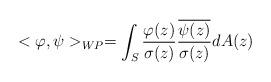
LaTeX: \begin{align*} <\varphi,\psi>_{WP}= \int_S \frac{\varphi (z)}{\sigma(z)} \frac{\overline{\psi(z)}}{\sigma(z)} dA(z)\end{align*}